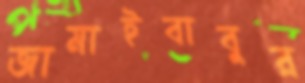
জামাইবাবুর